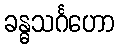
ခန္ဓသင်္ဂဟော